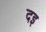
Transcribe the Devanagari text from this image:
दइ